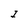
Character: I